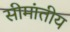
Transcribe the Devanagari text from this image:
सीमांतीय